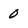
Character: 0